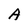
Character: A